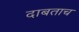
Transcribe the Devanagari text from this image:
दाबताच